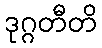
ဒုဂ္ဂတီတိ